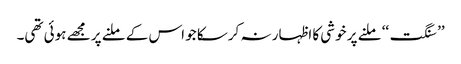
’’ سنگت‘‘ ملنے پر خوشی کا اظہار نہ کرسکا جو اس کے ملنے پر مجھے ہوئی تھی۔